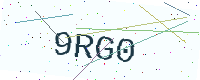
Text: 9RG0